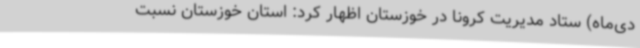
دی‌ماه) ستاد مدیریت کرونا در خوزستان اظهار کرد: استان خوزستان نسبت